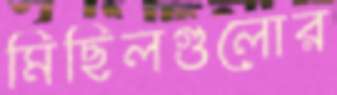
মিছিলগুলোর